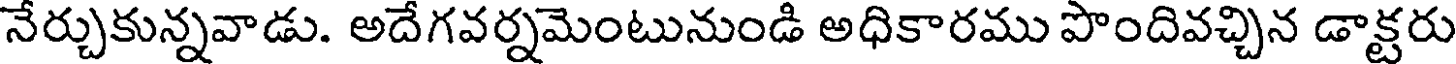
నేర్చుకున్నవాడు. అదేగవర్నమెంటునుండి అధికారము పొందివచ్చిన డాక్టరు